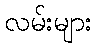
လမ်းများ